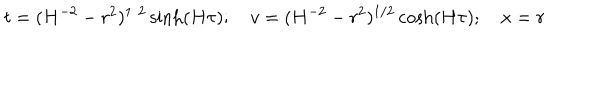
t = ( H ^ { - 2 } - r ^ { 2 } ) ^ { 1 / 2 } \sinh ( H \tau ) ; \quad v = ( H ^ { - 2 } - r ^ { 2 } ) ^ { 1 / 2 } \cosh ( H \tau ) ; \quad x = r